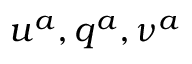
u ^ { a } , q ^ { a } , \nu ^ { a }